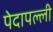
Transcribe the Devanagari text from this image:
पेदापल्ली